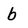
Character: b